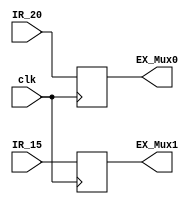
// delay code for the IE stage
// this code takes the bits of IR[20-16] and the IR[15-11] and delays them one clk cycle
// this keeps it inline with the other data while maintaining the their current values
// this happens with the clk


module IR_to_mux(
    output reg [4:0] EX_Mux0,
    output reg [4:0] EX_Mux1,
    input [4:0] IR_20,
    input [4:0] IR_15,
    input clk
    );
    
    always @(posedge clk)
        begin
            EX_Mux0 <= IR_20;
            EX_Mux1 <= IR_15;
        end
endmodule